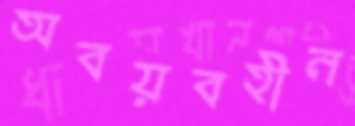
অবয়বহীন